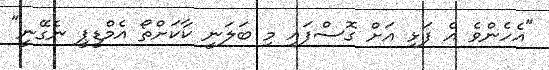
"އެހެންވެ އެ ފަޅި އަށް ގޮސްފައި މި ބަލަނީ ކާކަށްތޯ އެމްޑީޕީ ނެގޭނީ"